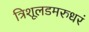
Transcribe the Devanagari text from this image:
त्रिशूलडमरुधरं